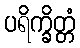
ပရိက္ခိတ္တံ